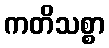
ကတိသစ္စာ